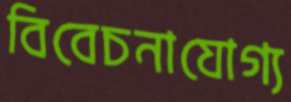
বিবেচনাযোগ্য